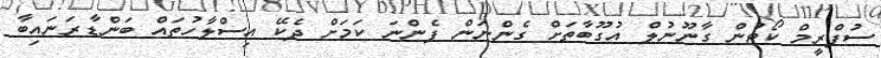
ސުޕްރީމް ކޯޓުން ގާނޫނުލް އުގޫބާތަށް ގެންނަން ފެންނަ ކަމަށް ދެކޭ އިސްލާހުތައް ބަންޑާރަނައިބާ